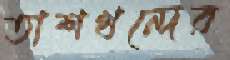
তাশখন্দের